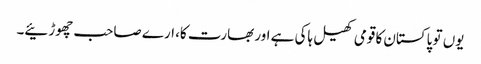
یوں تو پاکستان کا قومی کھیل ہاکی ہے اور بھارت کا، ارے صاحب چھوڑئیے۔